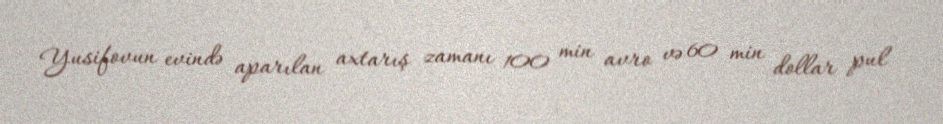
Yusifovun evində aparılan axtarış zamanı 100 min avro və 60 min dollar pul